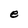
Character: e